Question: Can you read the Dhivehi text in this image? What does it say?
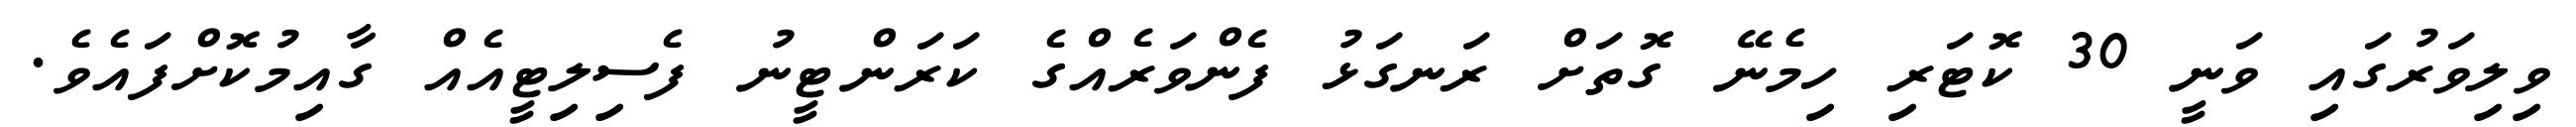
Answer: ވިލިވަރުގައި ވަނީ 30 ކޮޓަރި ހިމެނޭ ގޮތަށް ރަނގަޅު ފެންވަރެއްގެ ކަރަންޓީނު ފެސިލިޓީއެއް ގާއިމުކޮށްފައެވެ.